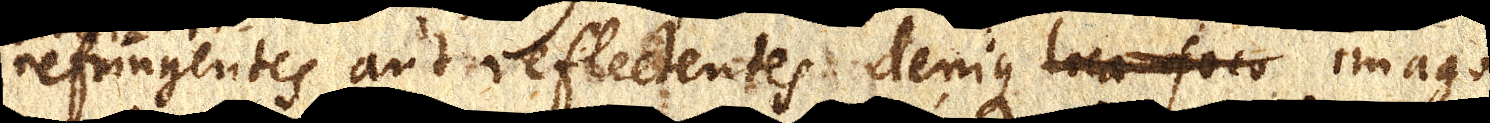
refringentes aut reflectentes, denique loco foco imago